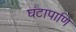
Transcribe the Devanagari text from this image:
घंटापाणि